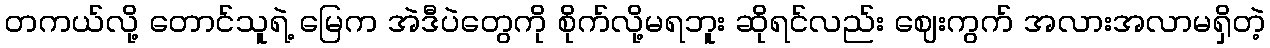
တကယ်လို့ တောင်သူရဲ့ မြေက အဲဒီပဲတွေကို စိုက်လို့မရဘူး ဆိုရင်လည်း ဈေးကွက် အလားအလာမရှိတဲ့